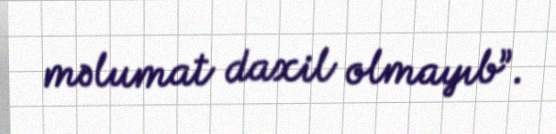
məlumat daxil olmayıb”.